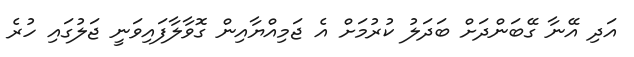
އަދި އޭނާ ގޭބަންދަށް ބަދަލު ކުރުމަށް އެ ޖަމިއްޔާއިން ގޮވާލާފައިވަނީ ޖަލުގައި ހުރެ